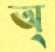
অ্